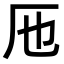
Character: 𠨱